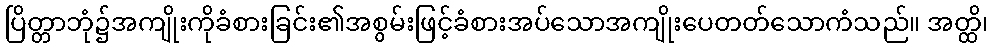
ပြိတ္တာဘုံ၌အကျိုးကိုခံစားခြင်း၏အစွမ်းဖြင့်ခံစားအပ်သောအကျိုးပေတတ်သောကံသည်။ အတ္ထိ၊